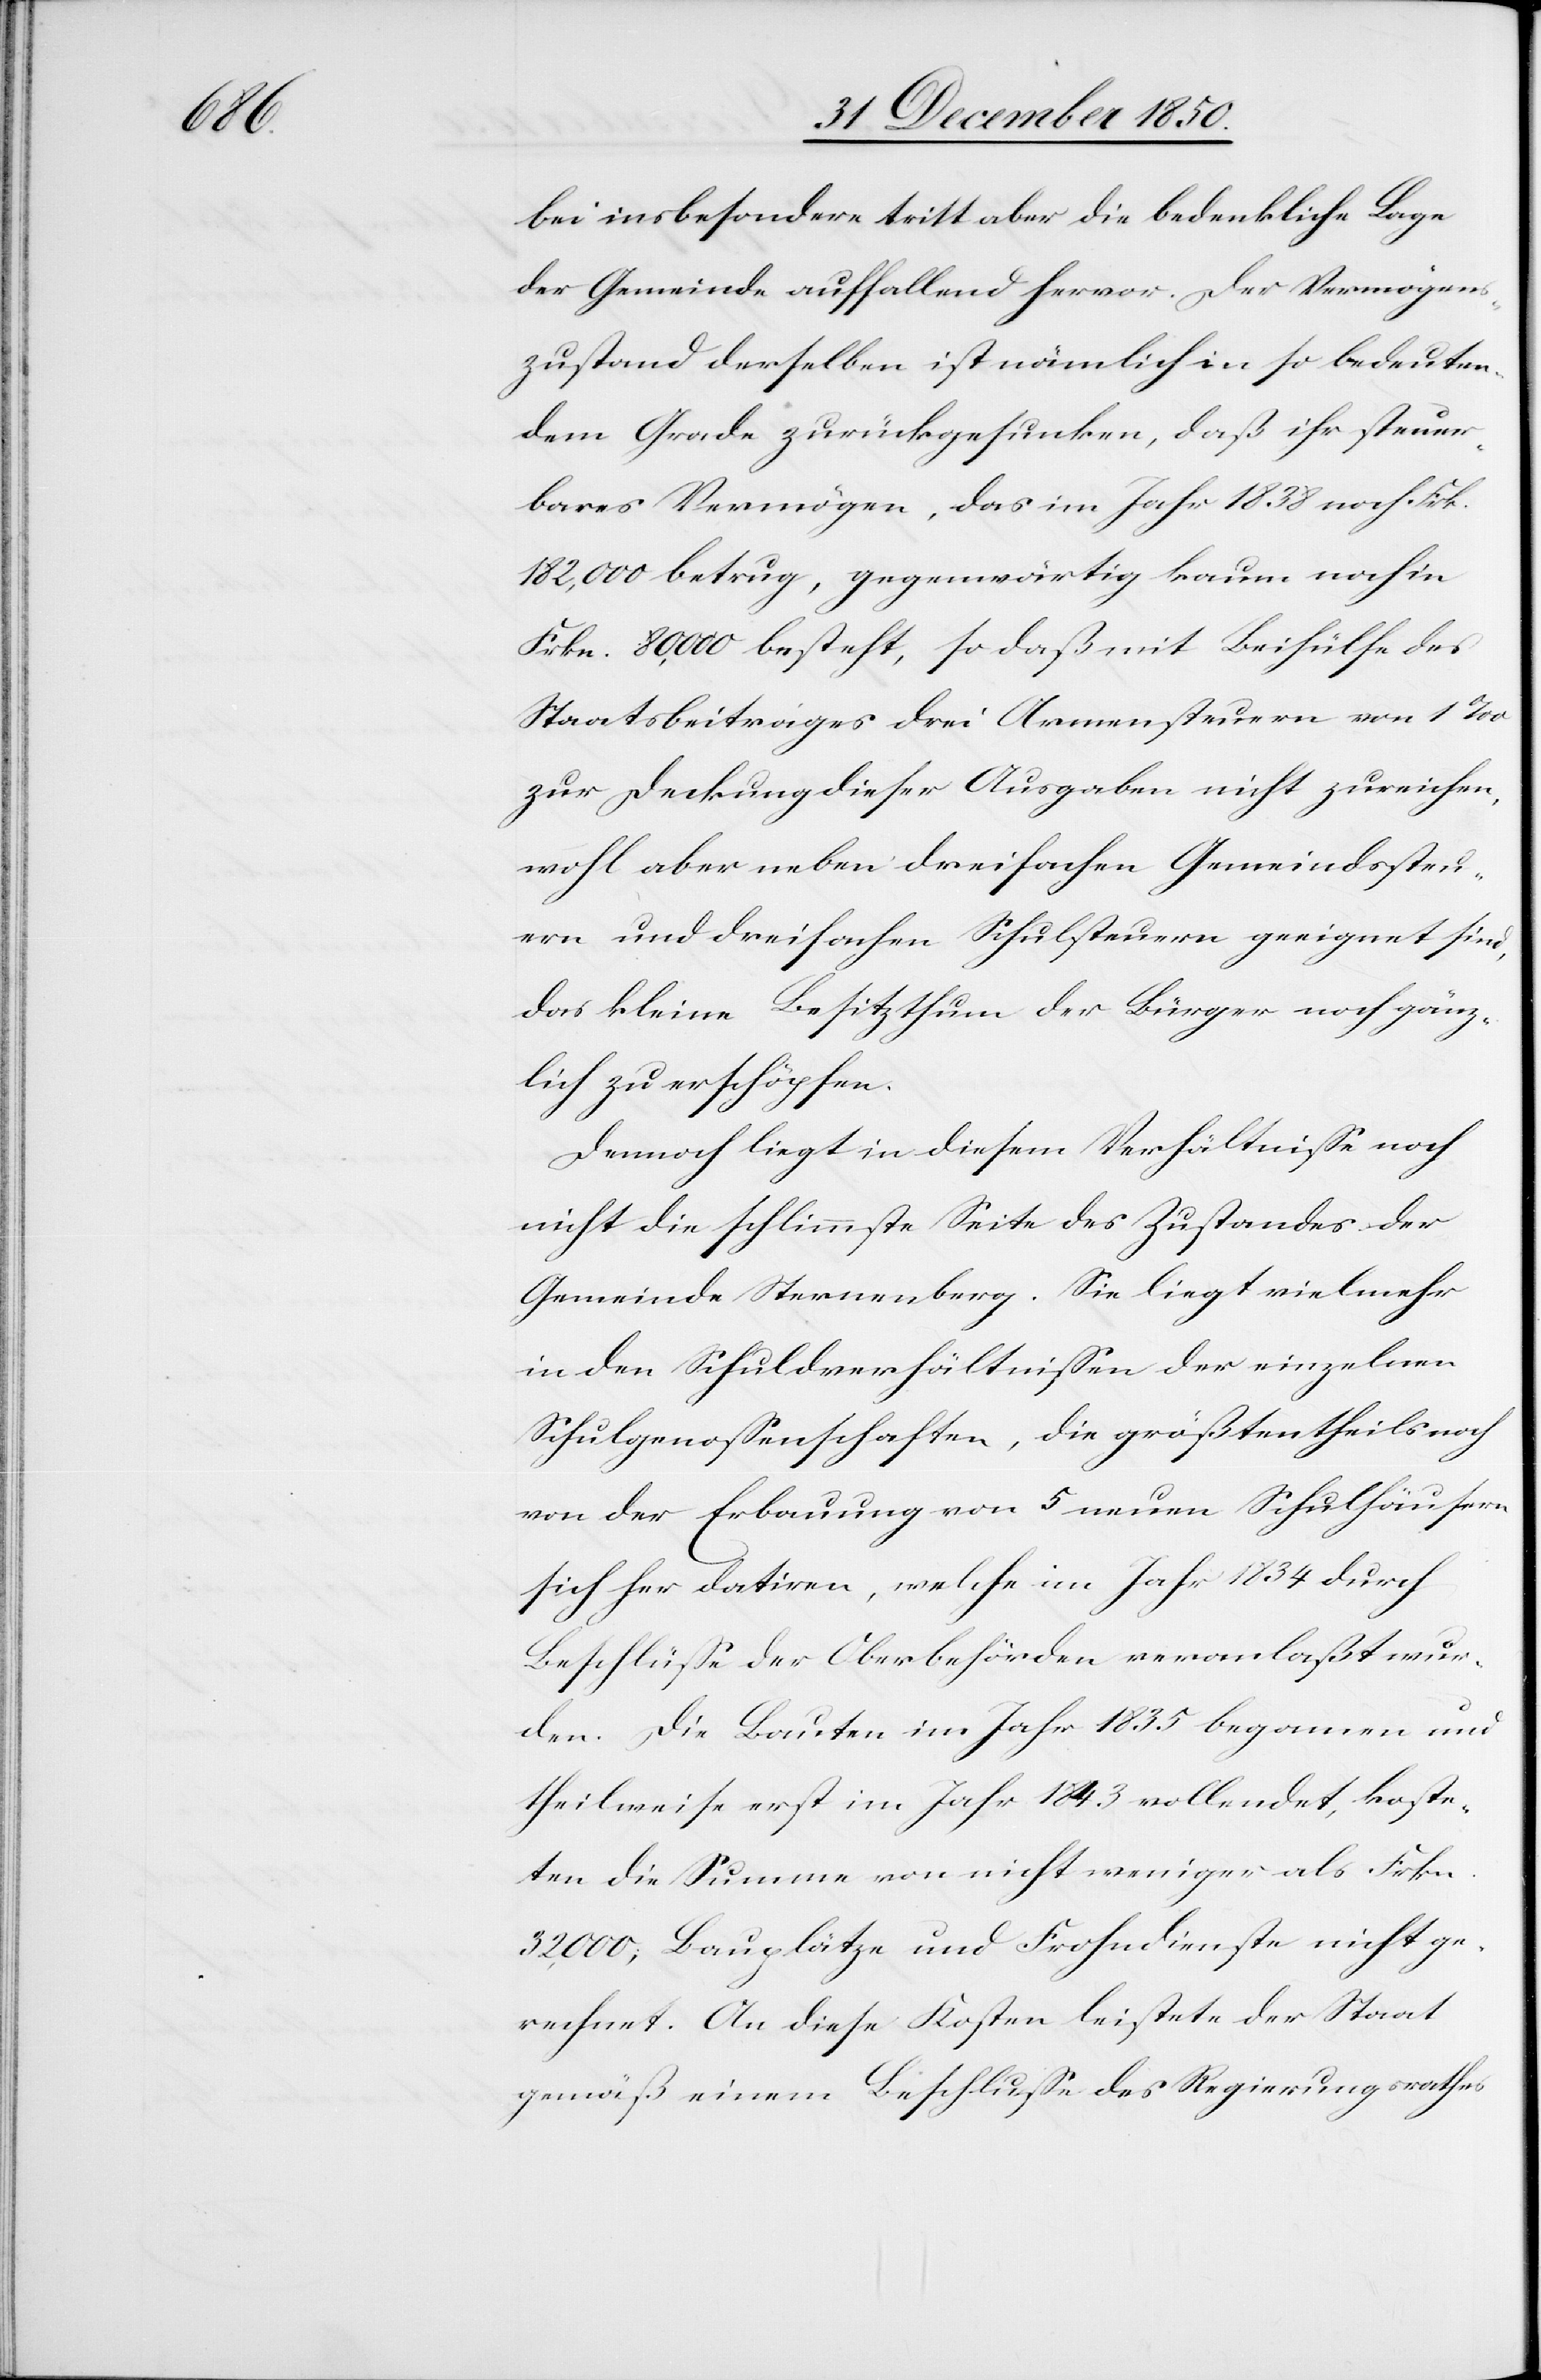
bei insbesondere tritt aber die bedenkliche Lage
der Gemeinde auffallend hervor. Der Vermögens¬
zustand derselben ist nämlich in so bedeuten¬
dem Grade zurückgesunken, daß ihr steuer¬
bares Vermögen, das im Jahr 1838 noch Frk.
182,000 betrug, gegenwärtig kaum noch in
Frkn. 80,000 besteht, so daß mit Beihülfe des
Staaatsbeitrages drei Armensteuern von 1 ‰
zur Deckung dieser Ausgaben nicht zureichen,
wohl aber neben dreifachen Gemeindssteu¬
ern und dreifachen Schulsteuern geeignet sind,
das kleine Besitzthum der Bürger noch gänz¬
lich zu erschöpfen.
Dennoch liegt in diesem Verhältnisse noch
nicht die schlimmste Seite des Zustandes der
Gemeinde Sternenberg. Sie liegt vielmehr
in den Schuldverhältnissen der einzelnen
Schulgenossenschaften, die größtentheils noch
von der Erbauung von 5 neuen Schulhäusern
sich her datiren, welche im Jahr 1834 durch
Beschlüsse der Oberbehörden veranlaßt wur¬
den. Die Bauten im Jahr 1835 begonnen und
theilweise erst im Jahr 1843 vollendet, koste¬
ten die Summe von nicht weniger als Frkn.
32,000; Bauplätze und Frohndienste nicht ge¬
rechnet. An diese Kosten leistete der Staat
gemäß einem Beschlusse des Regierungsrathes